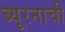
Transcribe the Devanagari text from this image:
ब्यूरनाची